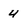
Character: 4